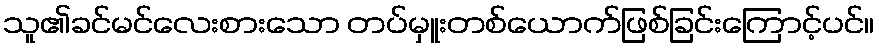
သူ၏ခင်မင်လေးစားသော တပ်မှူးတစ်ယောက်ဖြစ်ခြင်းကြောင့်ပင်။